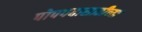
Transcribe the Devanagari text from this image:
पोपपदासाठीच्या